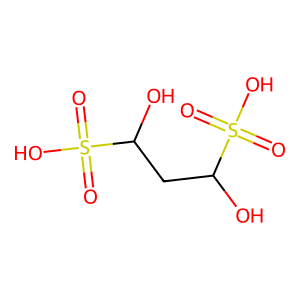
SMILES: O=S(=O)(O)C(O)CC(O)S(=O)(=O)O
Inhibits HIV replication: No